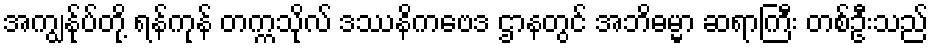
အကျွန်ုပ်တို့ ရန်ကုန် တက္ကသိုလ် ဒဿနိကဗေဒ ဌာနတွင် အဘိဓမ္မာ ဆရာကြီး တစ်ဦးသည်